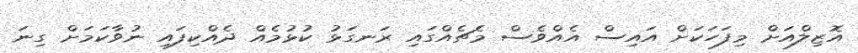
އޮޒިލްއަށް މިފަހަކަށް އައިސް އެއްވެސް މެޗެއްގައި ރަނގަޅު ކުޅުމެއް ދެއްކިފައި ނުވާކަމަށް ގިނަ